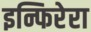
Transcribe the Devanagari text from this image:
इन्फिरेरा